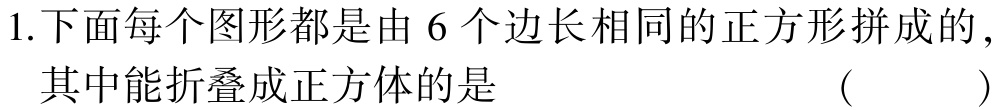
1.下面每个图形都是由 6 个边长相同的正方形拼成的，其中能折叠成正方体的是 （  ）